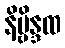
နိဗ္ဗိန္ဒထ